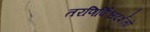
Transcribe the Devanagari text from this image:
तरणिर्विश्वदर्शतो